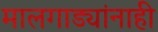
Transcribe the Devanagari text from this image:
मालगाड्यांनाही